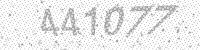
Solution: 441077